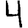
Digit: 4